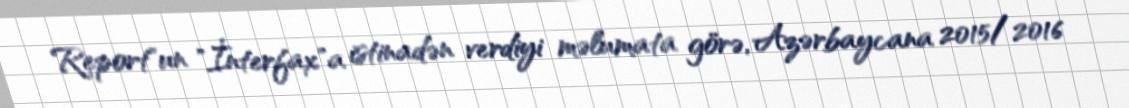
Report"un "İnterfax"a istinadən verdiyi məlumata görə, Azərbaycana 2015/2016